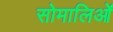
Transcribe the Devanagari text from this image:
सोमालिओं